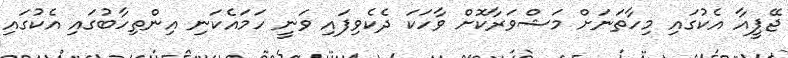
ޖޭޕީއާ އެކުގައި މިހާތަނަށް މަޝްވަރާކޮށް ވާހަކަ ދެކެވިފައި ވަނީ ހަމައެކަނި އިންތިހާބުގައި އެކުގައި